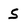
Character: S